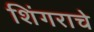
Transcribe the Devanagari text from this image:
शिंगराचे